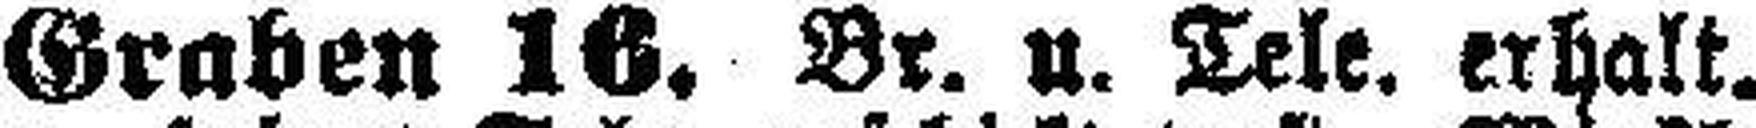
Graben 16. Br. u. Tele, erhalt.